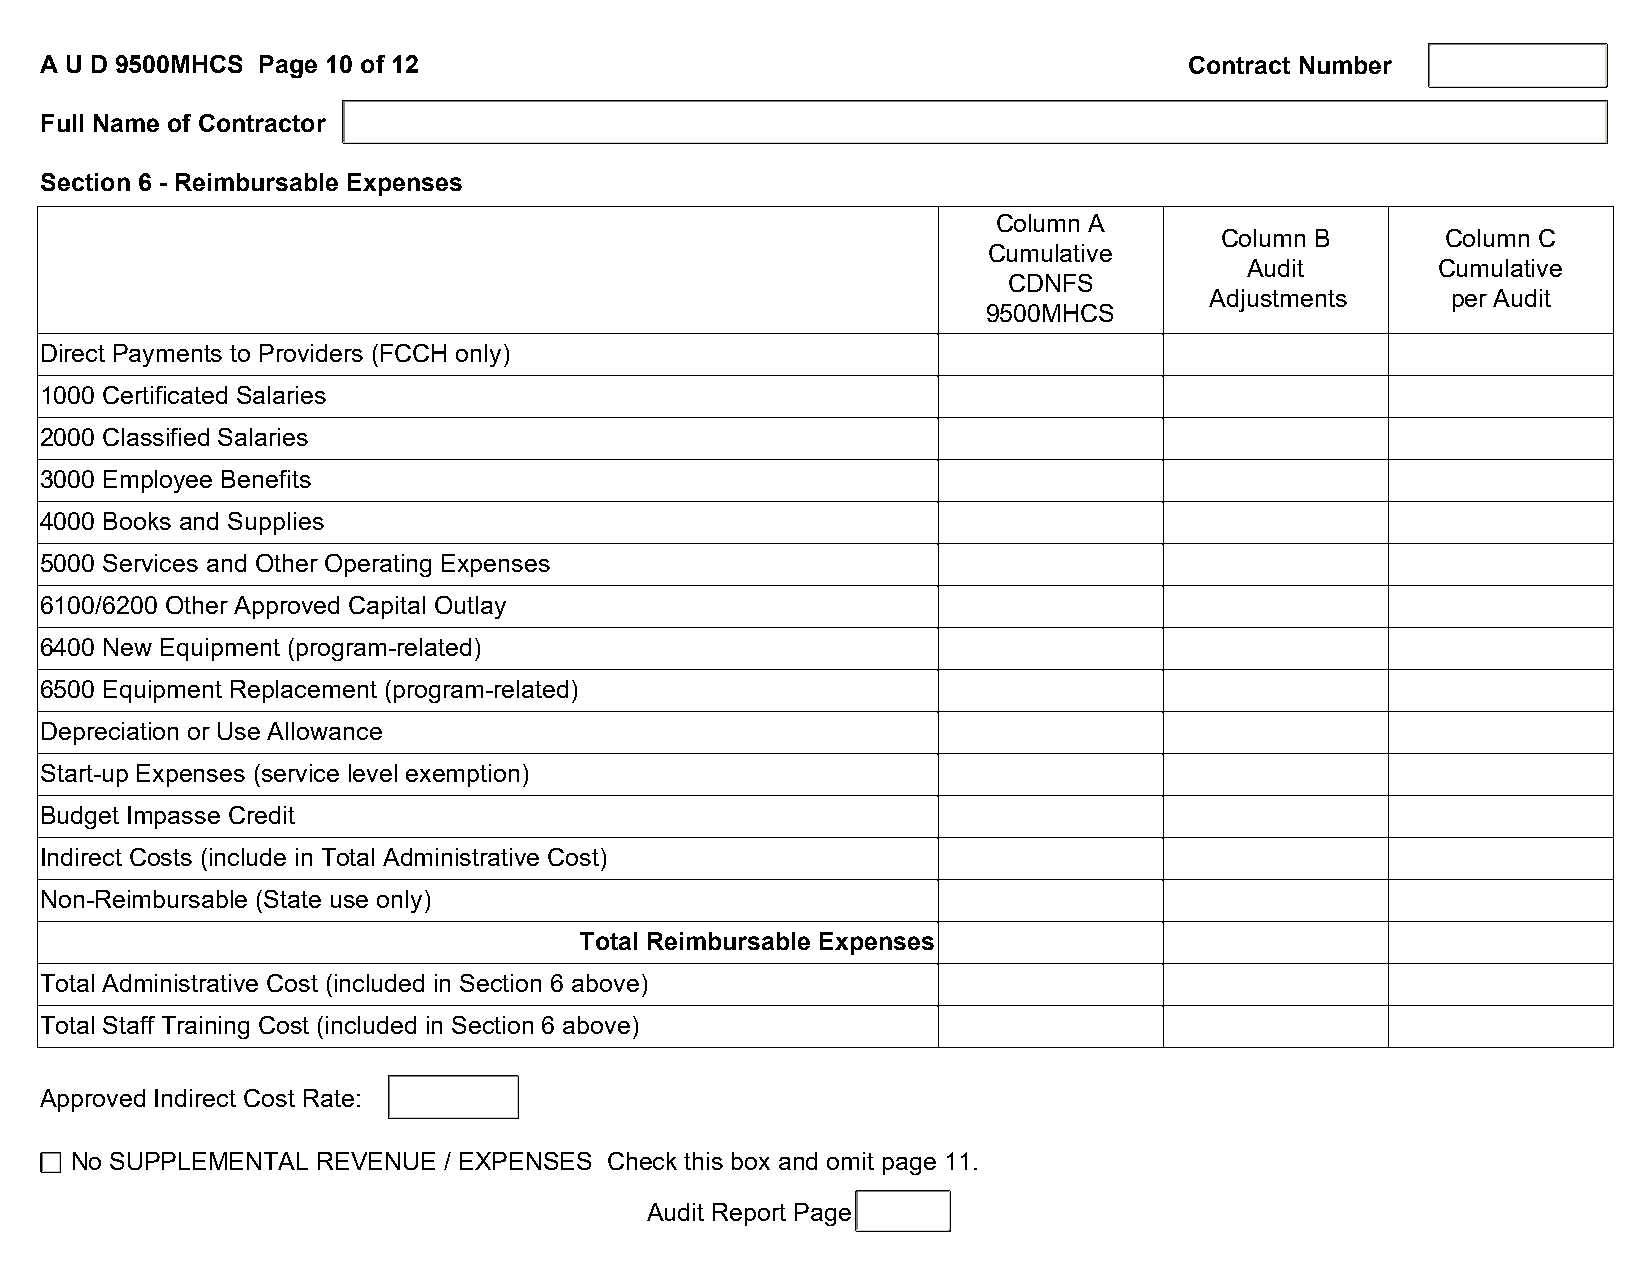
A U D 9500MHCS Page 10 of 12                                                Contract Number
 Full Name of Contractor
 Section 6 - Reimbursable Expenses
 Column A
 Column B       Column C
 Cumulative
 Audit       Cumulative
 CDNFS
 Adjustments     per Audit
 9500MHCS
 Direct Payments to Providers (FCCH only)
 1000 Certificated Salaries
 2000 Classified Salaries
 3000 Employee Benefits
 4000 Books and Supplies
 5000 Services and Other Operating Expenses
 6100/6200 Other Approved Capital Outlay
 6400 New Equipment (program-related)
 6500 Equipment Replacement (program-related)
 Depreciation or Use Allowance
 Start-up Expenses (service level exemption)
 Budget Impasse Credit
 Indirect Costs (include in Total Administrative Cost)
 Non-Reimbursable (State use only)
 Total Reimbursable Expenses
 Total Administrative Cost (included in Section 6 above)
 Total Staff Training Cost (included in Section 6 above)
 Approved Indirect Cost Rate:
 No SUPPLEMENTAL REVENUE / EXPENSES Check this box and omit page 11.
 Audit Report Page